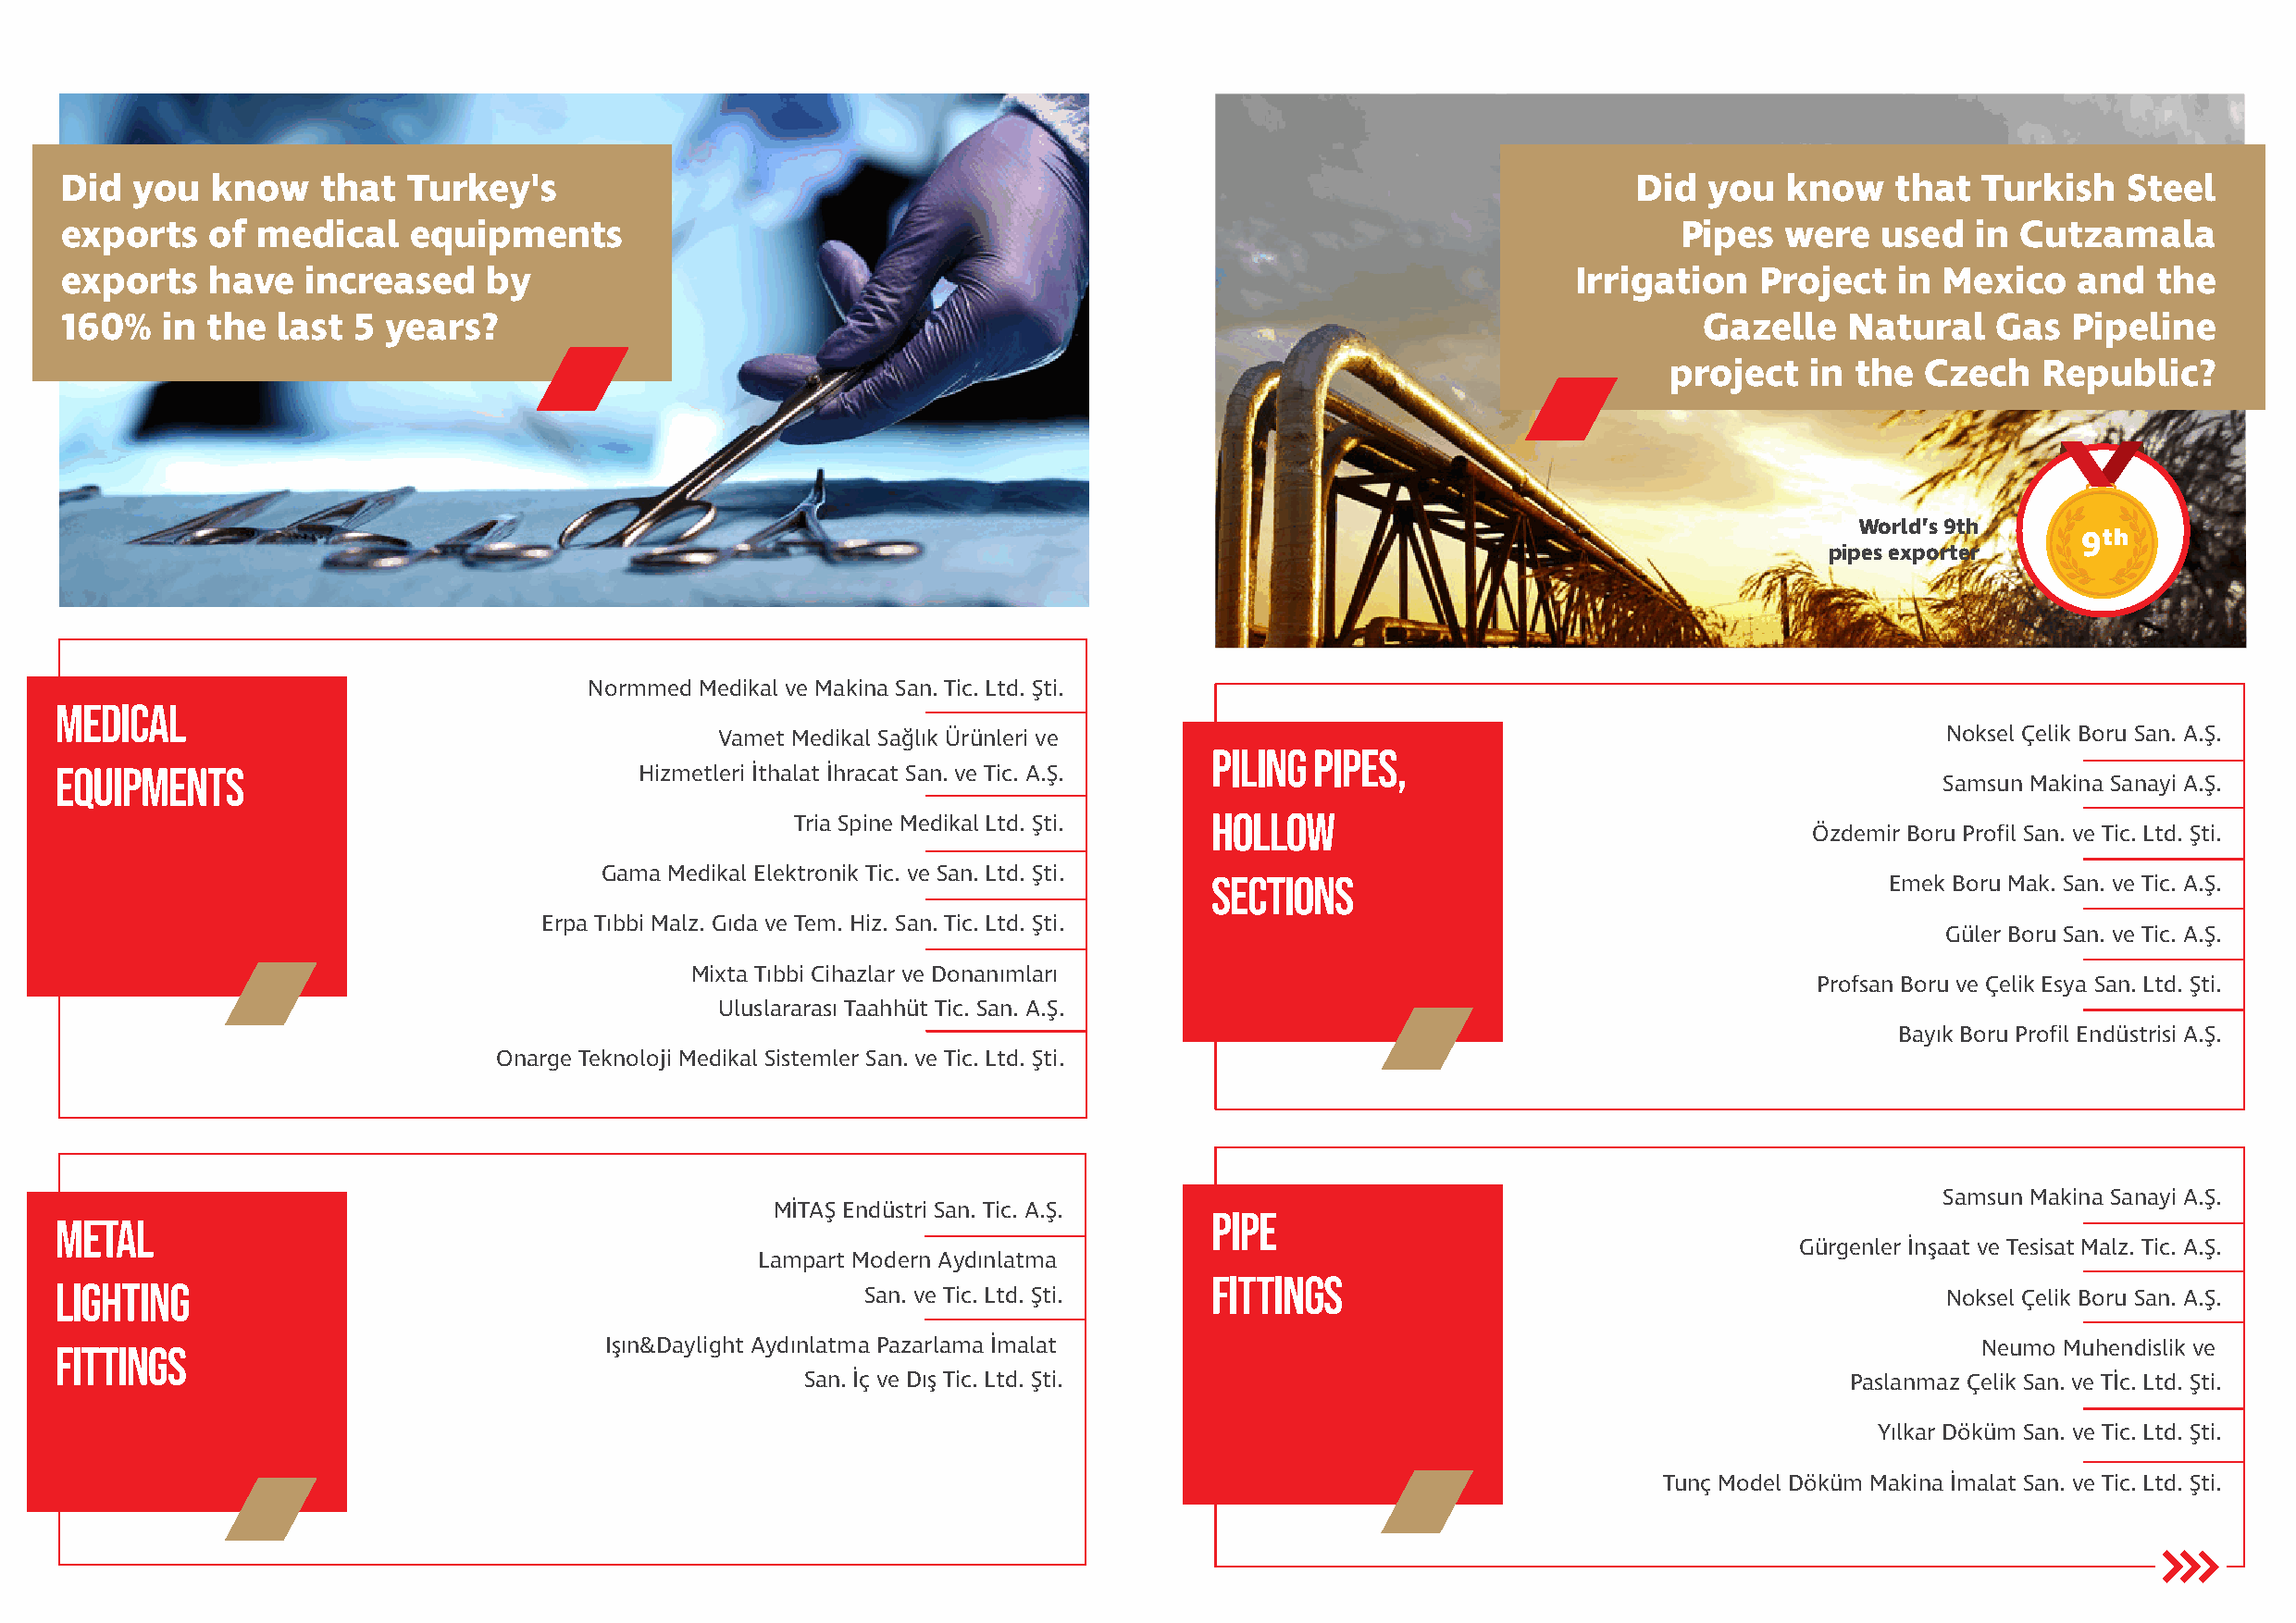
Did  you   know    that  Turkey's                                                                                Did  you   know    that  Turkish   Steel
 exports    of medical    equipments                                                                                 Pipes   were   used  in Cutzamala
 exports    have   increased    by                                                                            Irrigation   Project   in Mexico    and  the
 160%    in the  last 5  years?                                                                                        Gazelle   Natural    Gas  Pipeline
 project   in  the  Czech   Republic?
 World’s 9th
 9th
 pipes exporter
 Normmed Medikal ve Makina San. Tic. Ltd. Şti.
 MEDICAL
 Vamet Medikal Sağlık Ürünleri ve                                                        Noksel Çelik Boru San. A.Ş.
 PILING PIPES,
 EQUIPMENTS                                Hizmetleri İthalat İhracat San. ve Tic. A.Ş.
 Samsun Makina Sanayi A.Ş.
 HOLLOW
 Tria Spine Medikal Ltd. Şti.
 Özdemir Boru Profil San. ve Tic. Ltd. Şti.
 Gama Medikal Elektronik Tic. ve San. Ltd. Şti. SECTIONS                                     Emek Boru Mak. San. ve Tic. A.Ş.
 Erpa Tıbbi Malz. Gıda ve Tem. Hiz. San. Tic. Ltd. Şti.
 Güler Boru San. ve Tic. A.Ş.
 Mixta Tıbbi Cihazlar ve Donanımları
 Profsan Boru ve Çelik Esya San. Ltd. Şti.
 Uluslararası Taahhüt Tic. San. A.Ş.
 Bayık Boru Profil Endüstrisi A.Ş.
 Onarge Teknoloji Medikal Sistemler San. ve Tic. Ltd. Şti.
 Samsun Makina Sanayi A.Ş.
 MİTAŞ Endüstri San. Tic. A.Ş.   PIPE
 METAL
 Gürgenler İnşaat ve Tesisat Malz. Tic. A.Ş.
 Lampart Modern Aydınlatma
 FITTINGS
 LIGHTING
 San. ve Tic. Ltd. Şti.                                                       Noksel Çelik Boru San. A.Ş.
 FITTINGS                               Işın&Daylight Aydınlatma Pazarlama İmalat                                                          Neumo Muhendislik ve
 San. İç ve Dış Tic. Ltd. Şti.                                              Paslanmaz Çelik San. ve Tİc. Ltd. Şti.
 Yılkar Döküm San. ve Tic. Ltd. Şti.
 Tunç Model Döküm Makina İmalat San. ve Tic. Ltd. Şti.